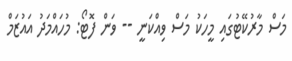
މަސް މާރުކޭޓުގައި މީހަކު މަސް ވިއްކަނީ -- ވަން ފޮޓޯ: މުހައްމަދު އައުޒަމް